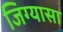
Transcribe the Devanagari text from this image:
जिग्यासा